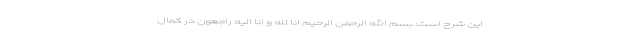
این شرح است: بسم الله الرحمن الرحیم انا لله و انا الیه راجعون در کمال